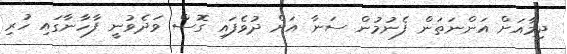
ދިމާއަށް އަންނަތަން ފެނުމުން ސަނާ އަށް ދުވެފައި ގޮސް ވަދެވުނީ ފާހާނާގައި ހުރި